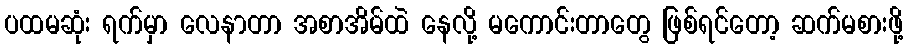
ပထမဆုံး ရက်မှာ လေနာတာ အစာအိမ်ထဲ နေလို့ မကောင်းတာတွေ ဖြစ်ရင်တော့ ဆက်မစားဖို့